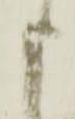
申